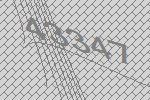
43347